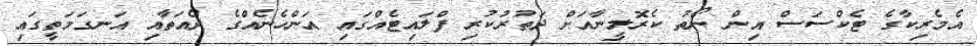
އެމެރިކާގެ ޓެކްސަސް އިން ނޯތު ކެރޮލީނާއަށް ދަތުރުކުރި ފްލައިޓެއްގައި އަންހެނެއްގެ ދެއަތާއި އަނގަމަތީގައި